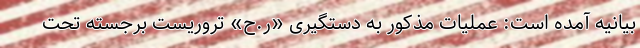
بیانیه آمده است: عملیات مذکور به دستگیری «ر.ح» تروریست برجسته تحت